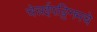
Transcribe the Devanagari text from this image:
चेन्नईपट्टिनमचे